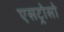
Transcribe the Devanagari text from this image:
एसट्रोसो